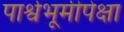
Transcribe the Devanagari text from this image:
पार्श्वभूमीपेक्षा